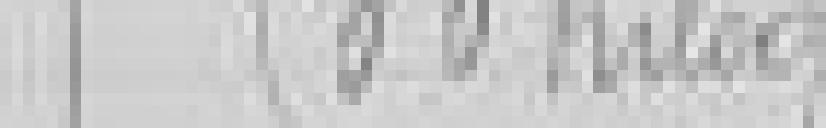
sortie : 500 kilos